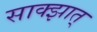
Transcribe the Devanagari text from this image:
साक्झात्